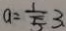
a = \frac { 1 } { 5 } 3